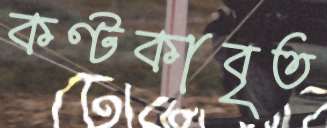
কণ্টকাবৃত